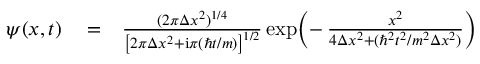
\begin{array} { r l r } { \psi ( x , t ) } & { { } = } & { \frac { ( 2 \pi \Delta x ^ { 2 } ) ^ { 1 / 4 } } { \left[ 2 \pi \Delta x ^ { 2 } + \mathrm { i } \pi ( \hbar t / m ) \right] ^ { 1 / 2 } } \exp \! \left( - \, \frac { x ^ { 2 } } { 4 \Delta x ^ { 2 } + ( \hbar ^ { 2 } t ^ { 2 } / m ^ { 2 } \Delta x ^ { 2 } ) } \right) } \end{array}